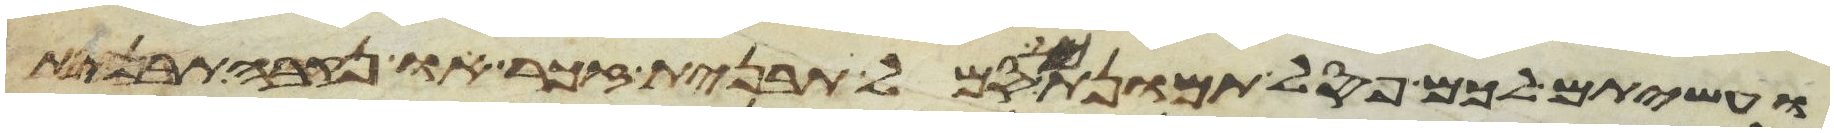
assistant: ועשיתם לכם פסל תמונת כל סמל תבנית זכר או נקבה תבנית